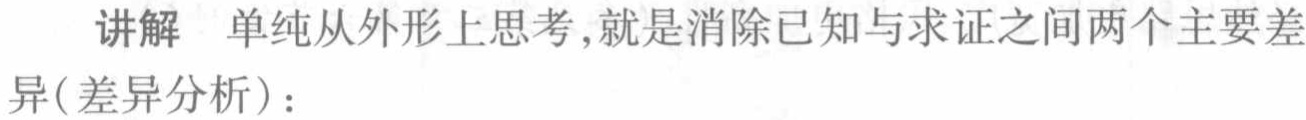
讲解 单纯从外形上思考,就是消除已知与求证之间两个主要差
异(差异分析)：